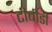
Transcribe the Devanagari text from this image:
टीबीडी